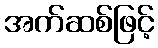
အက်ဆစ်ဖြင့်